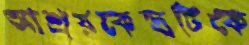
আশ্রয়কেন্দ্রটিকে